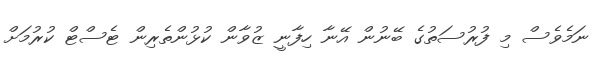
ނަމެވެސް މި ފުރުސަތުގެ ބޭނުން އޭނާ ހިފާނީ ޒުވާން ކުޅުންތެރިން ޓެސްޓް ކުރުމަށް